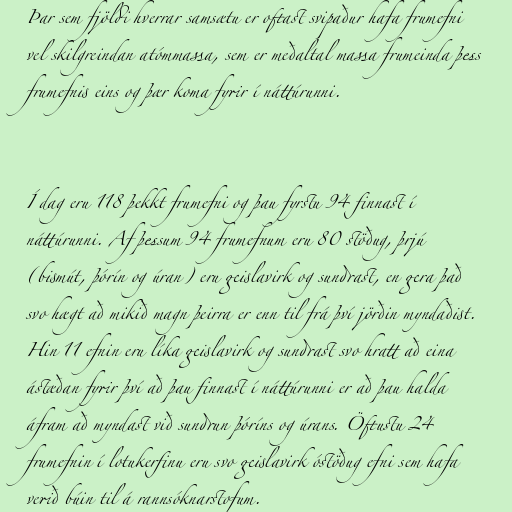
Þar sem fjöldi hverrar samsætu er oftast svipaður hafa frumefni
vel skilgreindan atómmassa, sem er meðaltal massa frumeinda þess
frumefnis eins og þær koma fyrir í náttúrunni.

Í dag eru 118 þekkt frumefni og þau fyrstu 94 finnast í
náttúrunni. Af þessum 94 frumefnum eru 80 stöðug, þrjú
(bismút, þórín og úran) eru geislavirk og sundrast, en gera það
svo hægt að mikið magn þeirra er enn til frá því jörðin myndaðist.
Hin 11 efnin eru líka geislavirk og sundrast svo hratt að eina
ástæðan fyrir því að þau finnast í náttúrunni er að þau halda
áfram að myndast við sundrun þóríns og úrans. Öftustu 24
frumefnin í lotukerfinu eru svo geislavirk óstöðug efni sem hafa
verið búin til á rannsóknarstofum.